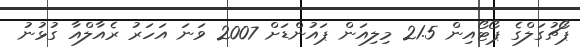
ޕޯޗުގަލްގެ ޕޯޓޯއިން 21.5 މިލިއަން ޕައުންޑަށް 2007 ވަނަ އަހަރު ރެއާލްއާ ގުޅުނު